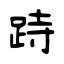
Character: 跱